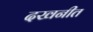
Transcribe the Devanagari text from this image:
दखनीत